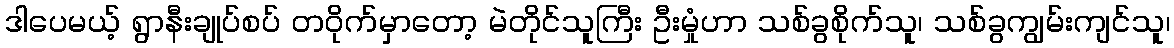
ဒါပေမယ့် ရွာနီးချုပ်စပ် တဝိုက်မှာတော့ မဲတိုင်သူကြီး ဦးမှုံဟာ သစ်ခွစိုက်သူ၊ သစ်ခွကျွမ်းကျင်သူ၊